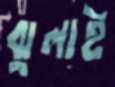
ঝুলাই